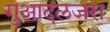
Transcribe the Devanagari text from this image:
गुआदलजरा